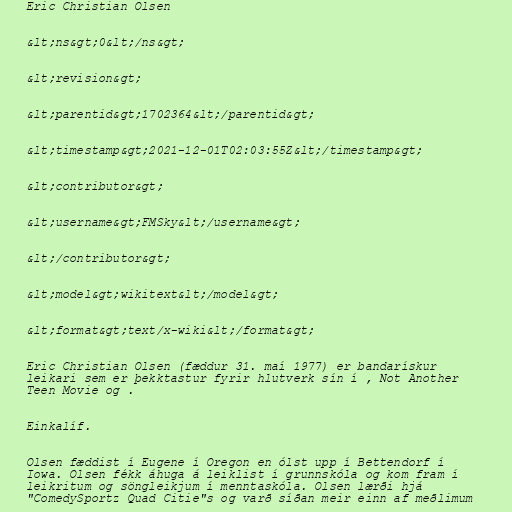
Eric Christian Olsen

&lt;ns&gt;0&lt;/ns&gt;

&lt;revision&gt;

&lt;parentid&gt;1702364&lt;/parentid&gt;

&lt;timestamp&gt;2021-12-01T02:03:55Z&lt;/timestamp&gt;

&lt;contributor&gt;

&lt;username&gt;FMSky&lt;/username&gt;

&lt;/contributor&gt;

&lt;model&gt;wikitext&lt;/model&gt;

&lt;format&gt;text/x-wiki&lt;/format&gt;

Eric Christian Olsen (fæddur 31. maí 1977) er bandarískur
leikari sem er þekktastur fyrir hlutverk sín í , Not Another
Teen Movie og .

Einkalíf.

Olsen fæddist í Eugene í Oregon en ólst upp í Bettendorf í
Iowa. Olsen fékk áhuga á leiklist í grunnskóla og kom fram í
leikritum og söngleikjum í menntaskóla. Olsen lærði hjá
"ComedySportz Quad Citie"s og varð síðan meir einn af meðlimum